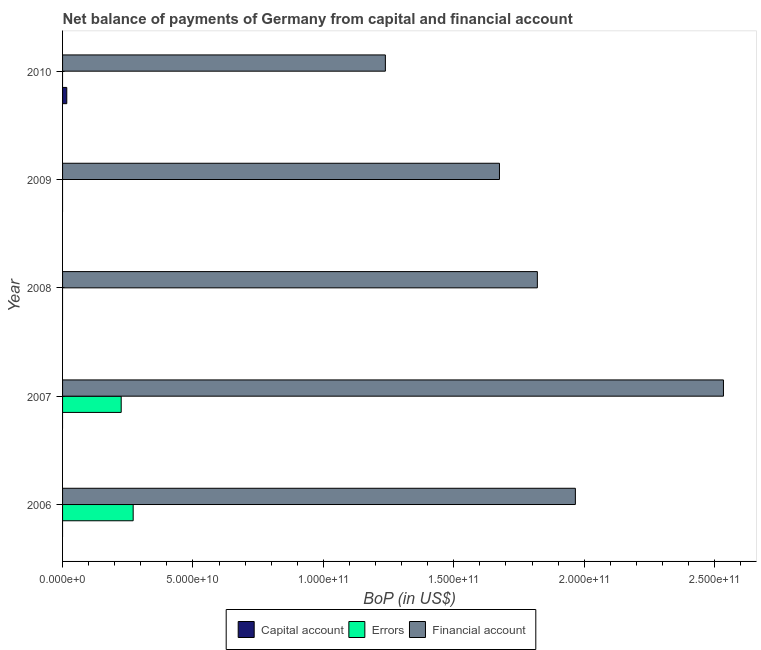
| Year | Capital account | Errors | Financial account |
 | --- | --- | --- | --- |
 | 2006 | -1.72e+09 | 2.71e+10 | 1.97e+11 |
 | 2007 | -2.32e+09 | 2.25e+10 | 2.53e+11 |
 | 2008 | -1.22e+09 | -2.76e+10 | 1.82e+11 |
 | 2009 | -2.6e+09 | -2.86e+10 | 1.68e+11 |
 | 2010 | 1.62e+09 | -7.12e+10 | 1.24e+11 |